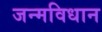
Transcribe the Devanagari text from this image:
जन्मविधान